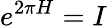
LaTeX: e^{2\pi H}=I